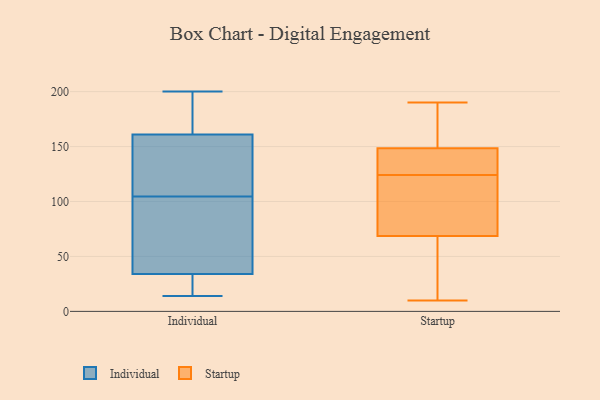
{"axis": {"x": "Conversion Rate (%)", "y": "Value"}, "legend": ["Individual", "Startup"], "data": [{"x": "", "y": 200, "type": "Individual"}, {"x": "", "y": 26, "type": "Individual"}, {"x": "", "y": 78, "type": "Individual"}, {"x": "", "y": 172, "type": "Individual"}, {"x": "", "y": 101, "type": "Individual"}, {"x": "", "y": 199, "type": "Individual"}, {"x": "", "y": 169, "type": "Individual"}, {"x": "", "y": 161, "type": "Individual"}, {"x": "", "y": 14, "type": "Individual"}, {"x": "", "y": 27, "type": "Individual"}, {"x": "", "y": 72, "type": "Individual"}, {"x": "", "y": 90, "type": "Individual"}, {"x": "", "y": 157, "type": "Individual"}, {"x": "", "y": 110, "type": "Individual"}, {"x": "", "y": 34, "type": "Individual"}, {"x": "", "y": 18, "type": "Individual"}, {"x": "", "y": 122, "type": "Individual"}, {"x": "", "y": 108, "type": "Individual"}, {"x": "", "y": 114, "type": "Startup"}, {"x": "", "y": 190, "type": "Startup"}, {"x": "", "y": 32, "type": "Startup"}, {"x": "", "y": 61, "type": "Startup"}, {"x": "", "y": 10, "type": "Startup"}, {"x": "", "y": 165, "type": "Startup"}, {"x": "", "y": 115, "type": "Startup"}, {"x": "", "y": 179, "type": "Startup"}, {"x": "", "y": 141, "type": "Startup"}, {"x": "", "y": 71, "type": "Startup"}, {"x": "", "y": 143, "type": "Startup"}, {"x": "", "y": 124, "type": "Startup"}, {"x": "", "y": 139, "type": "Startup"}]}